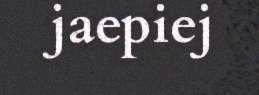
jaepiej